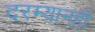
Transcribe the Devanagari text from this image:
दरम्यानही